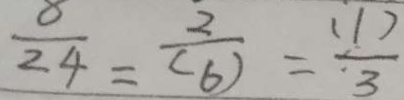
\frac { 8 } { 2 4 } = \frac { 2 } { ( 6 ) } = \frac { ( 1 ) } { \cdot 3 }